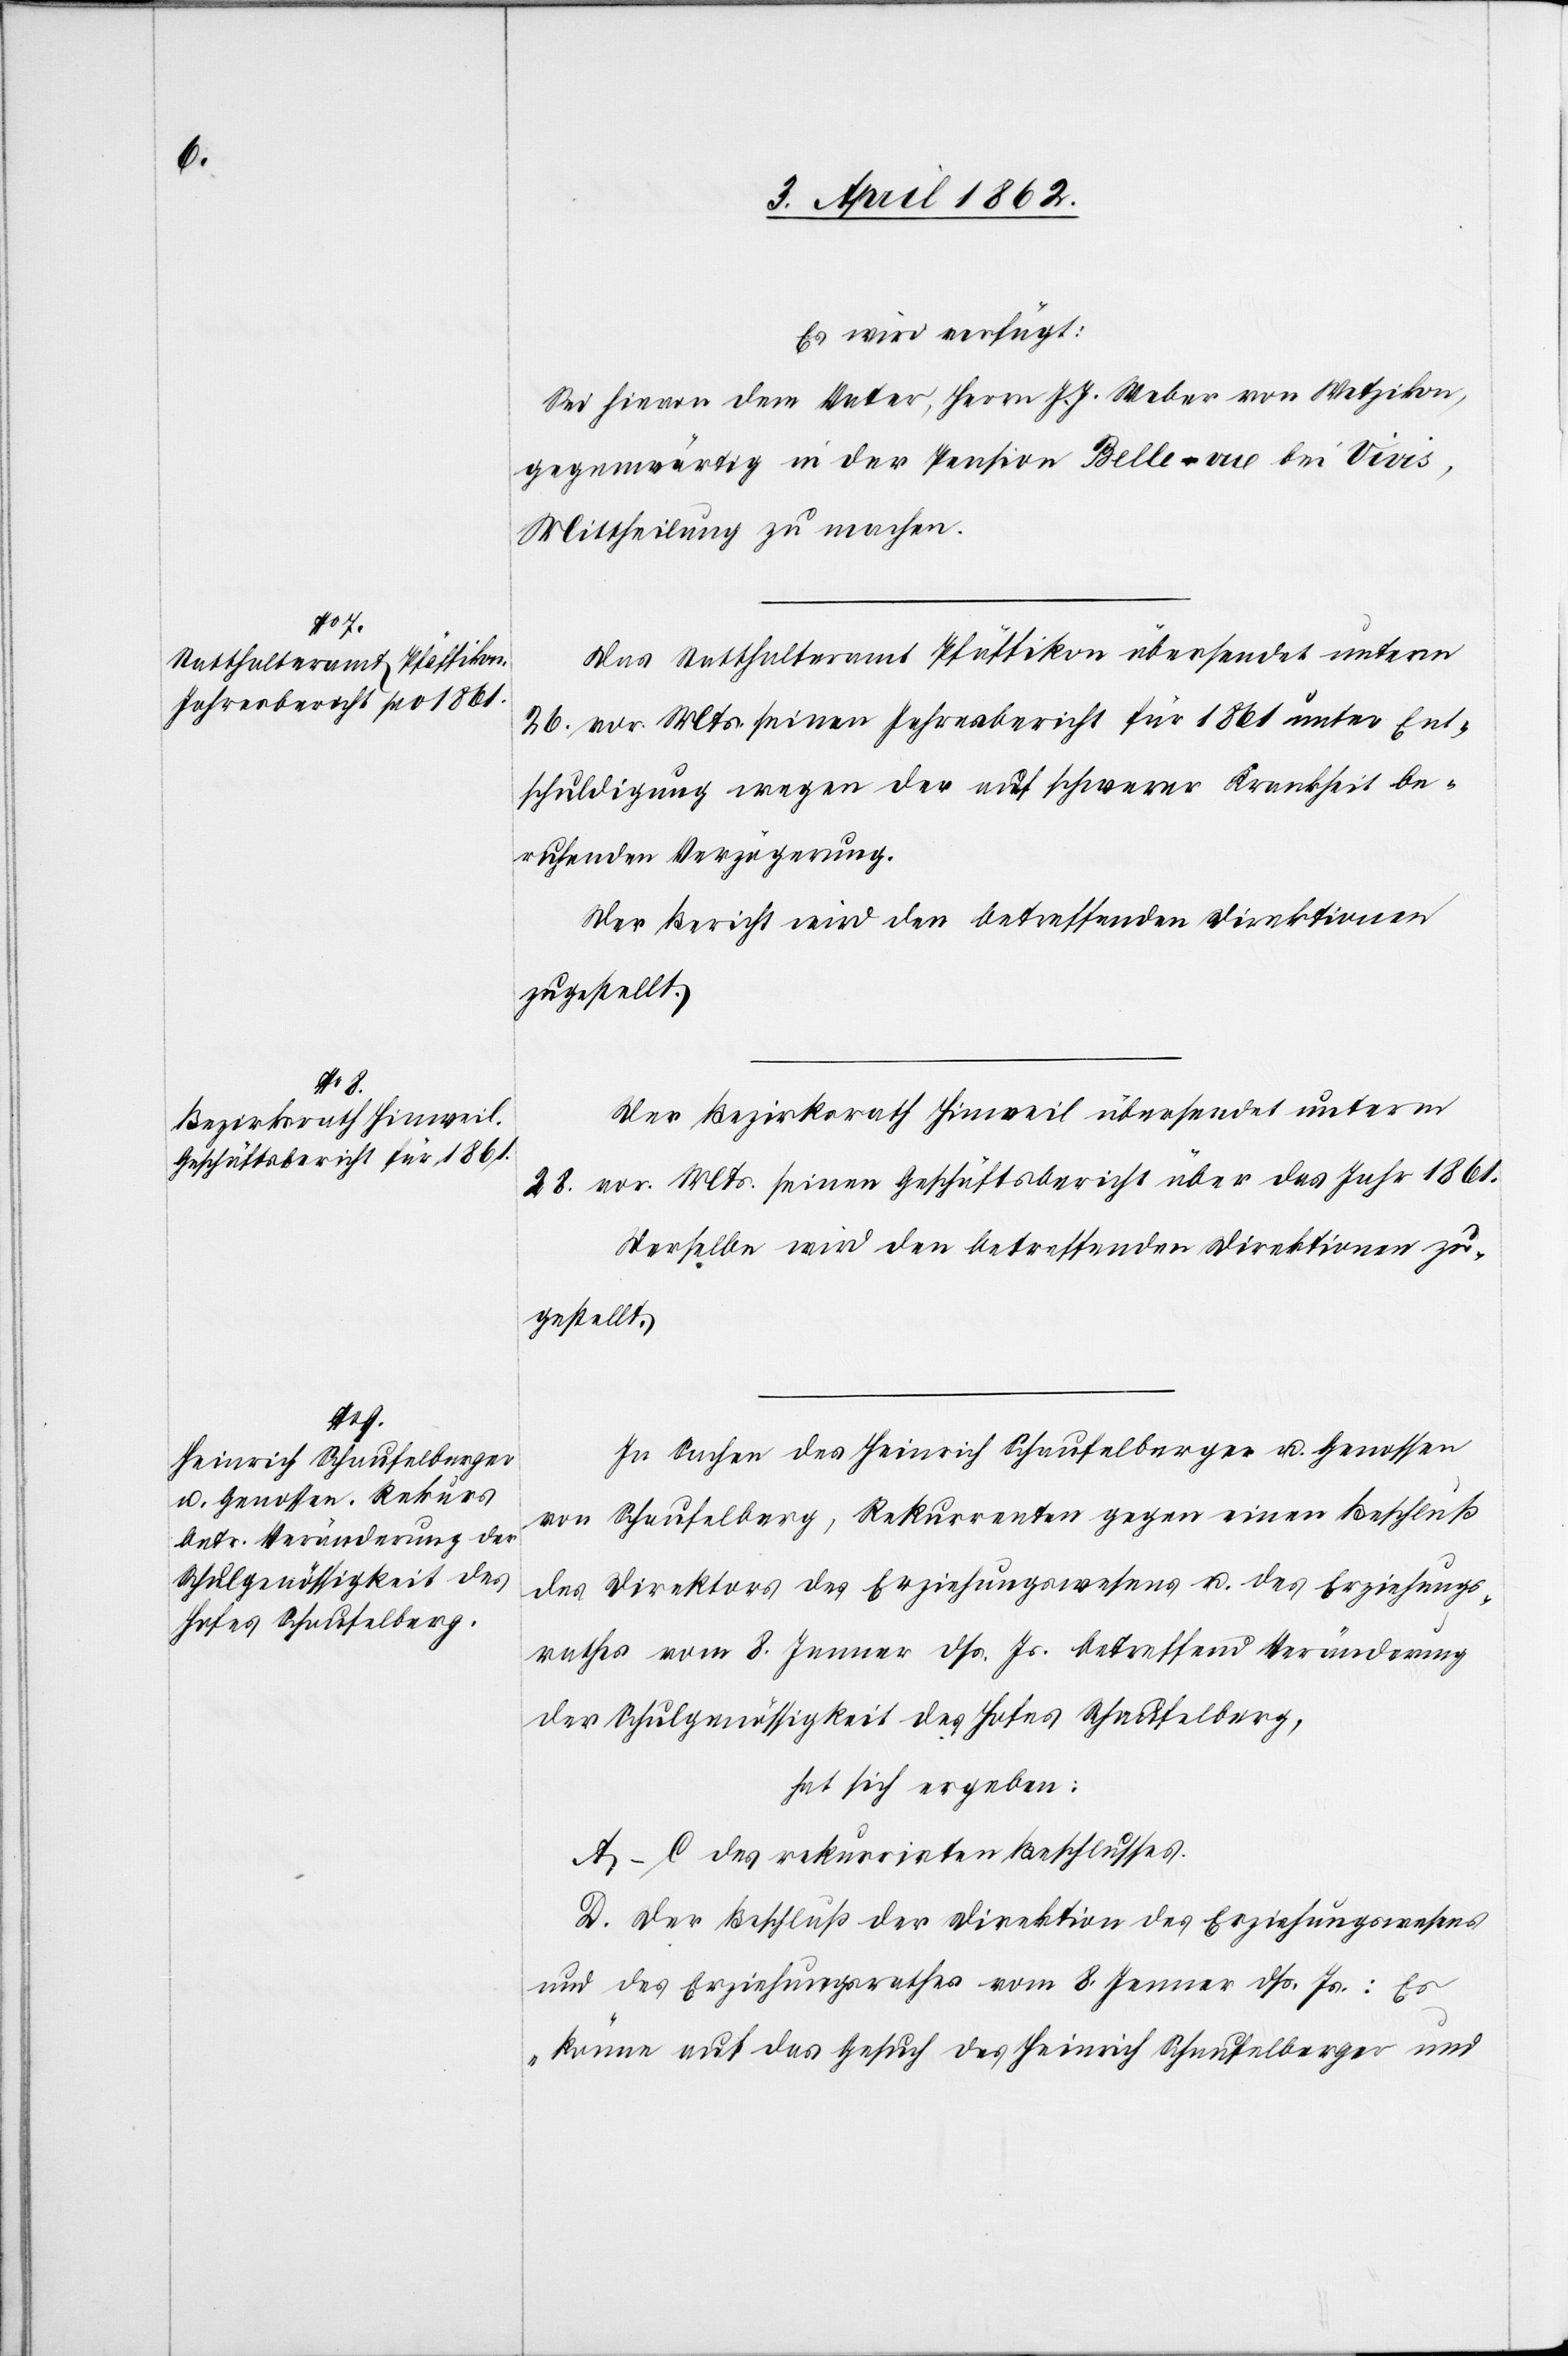
Es wird verfügt:
Sei hievon dem Vater, Herrn. J. J. Weber von Wetzikon,
gegenwärtig in der Pension Belle-vue bei Vivis,
Mittheilung zu machen.
Das Statthalteramt Pfäffikon übersendet unterm
26. vor. Mts. seinen Jahresbericht für 1861 unter Ent¬
schuldigung wegen der auf schwerer Krankheit be¬
ruhenden Verzögerung.
Der Bericht wird den betreffenden Direktionen
zugestellt.
Der Bezirksrath Hinweil übersendet unterm
28. vor. Mts. seinen Geschäftsbericht über das Jahr 1861.
Derselbe wird den betreffenden Direktionen zu¬
gestellt.
In Sachen des Heinrich Schaufelberger u. Genossen
von Schaufelberg, Rekurrenten gegen einen Beschluß
des Direktors des Erziehungswesens u. des Erziehungs¬
rathes vom 8. Jenner dß. Js. betreffend Veränderung
der Schulgenössigkeit des Hofes Schaufelberg,
hat sich ergeben:
A–C des rekurrirten Beschlusses.
D. Der Beschluß der Direktion des Erziehungswesens
und des Erziehungsrathes vom 8. Jenner dß. Js.: Es
„könnte auf das Gesuch des Heinrich Schaufelberger und